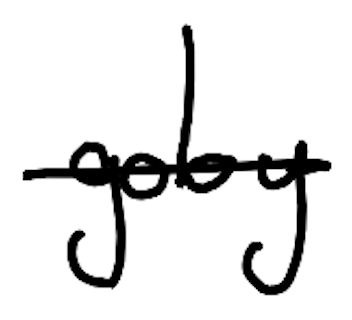
Text: goby
Cross-out: single-line
Writing tool: digital_black